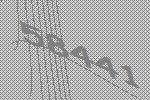
58441